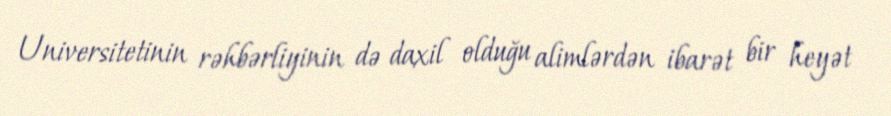
Universitetinin rəhbərliyinin də daxil olduğu alimlərdən ibarət bir heyət